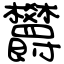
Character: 欝